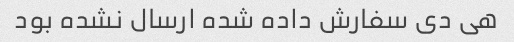
هی دی سفارش داده شده ارسال نشده بود